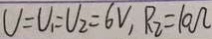
V = V _ { 1 } = U _ { 2 } = 6 V , R _ { 2 } = 1 0 \Omega